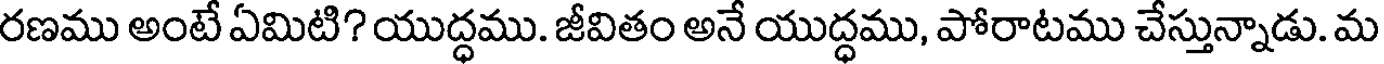
రణము అంటే ఏమిటి? యుద్ధము. జీవితం అనే యుద్ధము, పోరాటము చేస్తున్నాడు. మ